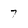
Character: 7